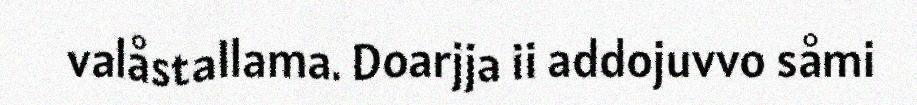
valåstallama. Doarjja ii addojuvvo såmi